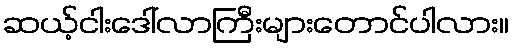
ဆယ့်ငါးဒေါ်လာကြီးများတောင်ပါလား။